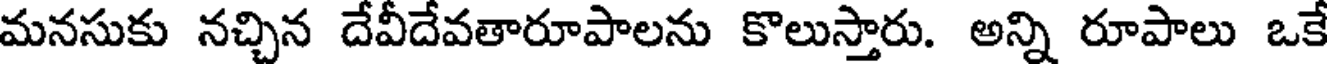
మనసుకు నచ్చిన దేవీదేవతారూపాలను కొలుస్తారు. అన్ని రూపాలు ఒకే